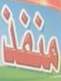
منفذ